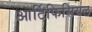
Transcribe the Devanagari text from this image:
आर्टिफिसियल